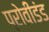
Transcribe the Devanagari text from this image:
प्रोवीडंड